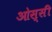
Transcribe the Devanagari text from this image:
ओस्सी